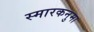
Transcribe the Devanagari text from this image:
स्मारकनुमा